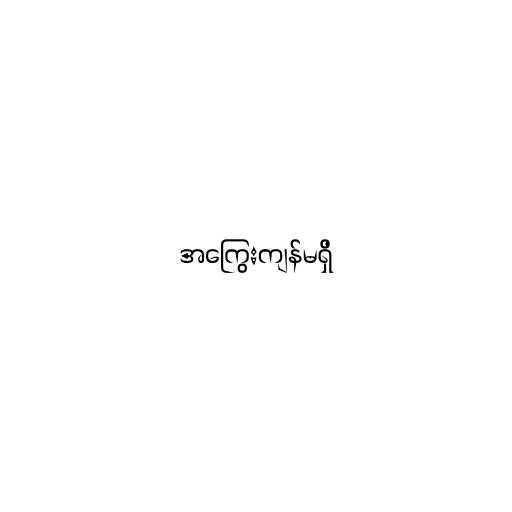
အကြွေးကျန်မရှိ